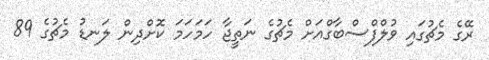
ރޭގެ މެޗުގައި ވުލްފްސްބާގްއަށް މެޗުގެ ނަތީޖާ ހަމަހަމަ ކޮށްދިން ލަނޑު މެޗުގެ 89